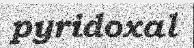
pyridoxal